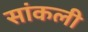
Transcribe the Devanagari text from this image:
सांकली